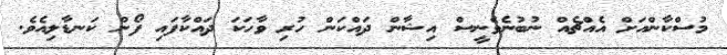
މުސްކާންއަށް އެއްޗެއް ނުބުނެވެނީސް އިޝާން ދައްކަން ހުރި ވާހަކަ ދައްކާފައި ފޯން ކަނޑާލިއެވެ.